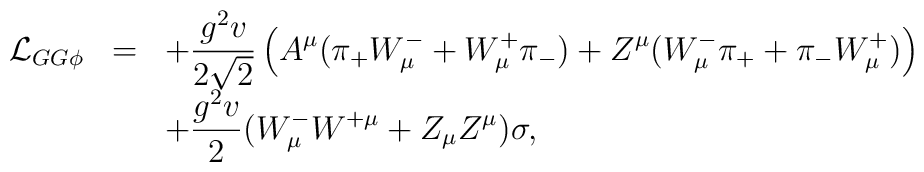
\begin{array}{rcl}{\cal L}_{GG\phi}&=&\displaystyle+\frac{g^2v}{2\sqrt{2}}\left( A^{\mu}(\pi_+W^-_{\mu} +W^+_{\mu}\pi_-)+Z^{\mu}(W^-_{\mu}\pi_+ +\pi_-W^+_{\mu})\right)\\&&\displaystyle+\frac{g^2v}{2}(W^-_{\mu}W^{+\mu}+Z_{\mu}Z^{\mu})\sigma,\end{array}